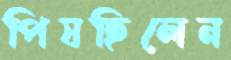
পিষছিলেন